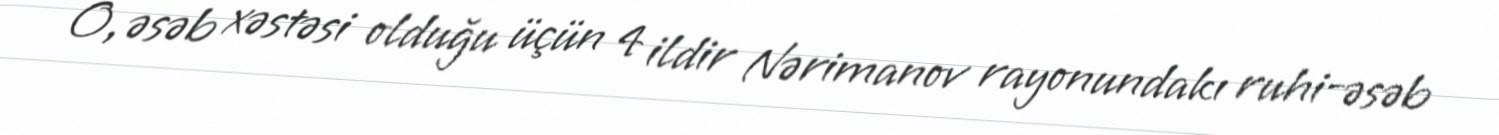
O, əsəb xəstəsi olduğu üçün 4 ildir Nərimanov rayonundakı ruhi-əsəb